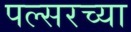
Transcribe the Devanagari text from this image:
पल्सरच्या